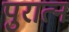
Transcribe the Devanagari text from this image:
पुरात्न